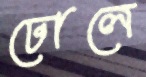
ঢোলে